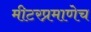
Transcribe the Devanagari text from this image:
मीटरप्रमाणेच